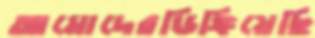
আমোদেরডিঙ্গিয়েছি